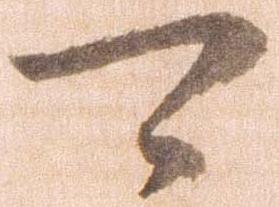
可